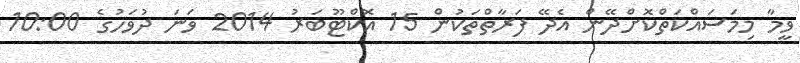
ވީމާ މިމަސައްކަތްކޮށްދޭން އެދޭ ފަރާތްތަކުން 15 އޮކްޓޫބަރު 2014 ވަނަ ދުވަހުގެ 10:00